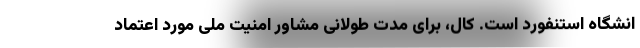
انشگاه استنفورد است. کال، برای مدت طولانی مشاور امنیت ملی مورد اعتماد